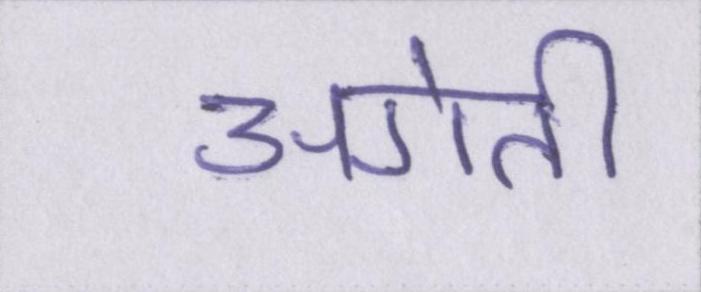
अगेती